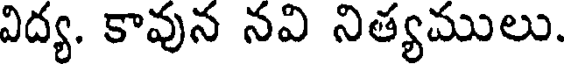
విద్య. కావున నవి నిత్యములు.